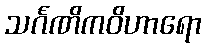
သင်္ဂဏိကဝိဟာရော